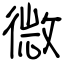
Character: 微